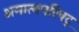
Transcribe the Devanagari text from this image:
अमात्यपरिषद्